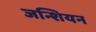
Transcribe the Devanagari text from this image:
जन्शियन